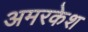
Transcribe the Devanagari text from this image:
अमरकेश